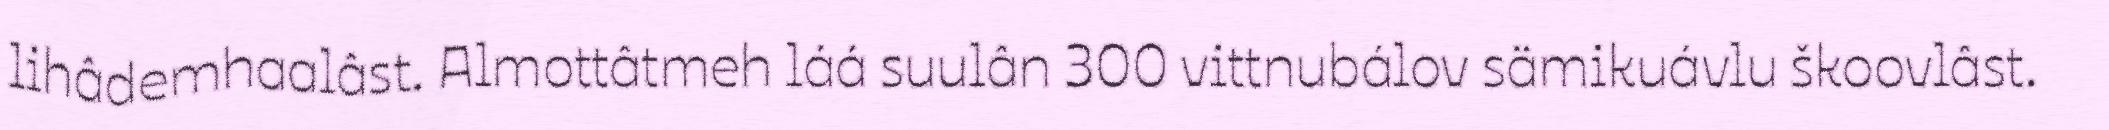
lihâdemhaalâst. Almottâtmeh láá suulân 300 vittnubálov sämikuávlu škoovlâst.